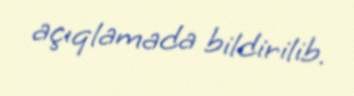
açıqlamada bildirilib.